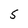
Character: 5